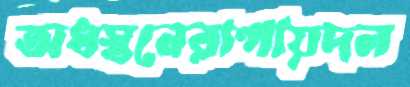
অধস্তনেরাপায়দল